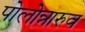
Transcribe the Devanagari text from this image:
पोलोन्नारुव